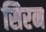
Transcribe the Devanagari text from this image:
सिरन